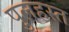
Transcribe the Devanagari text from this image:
पुलहस्त